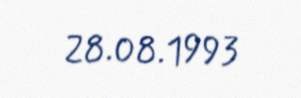
28.08.1993